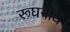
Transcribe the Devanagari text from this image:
रूघनाथ